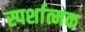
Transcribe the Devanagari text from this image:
स्पर्शात्मक